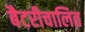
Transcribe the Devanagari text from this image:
बैटरीचालित